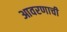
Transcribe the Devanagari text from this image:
आवरणाची